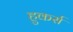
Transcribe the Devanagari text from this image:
हुकर्स